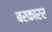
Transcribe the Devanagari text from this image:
बरकारर